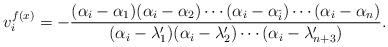
LaTeX: \begin{align*}v^{f(x)}_i=-\frac{(\alpha_{i}-\alpha_1)(\alpha_{i}-\alpha_2)\cdots(\alpha_{i}-\alpha_{\check i})\cdots(\alpha_{i}-\alpha_n)}{(\alpha_{i}-\lambda_1')(\alpha_{i}-\lambda_2')\cdots(\alpha_{i}-\lambda_{n+3}')}.\end{align*}